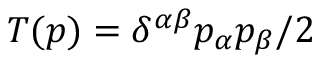
T ( p ) = \delta ^ { \alpha \beta } p _ { \alpha } p _ { \beta } / 2